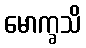
မောက္ခသိ